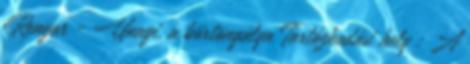
Rengar - Unagi, a börtöngálya Tartózkodási hely : A